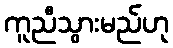
ကူညီသွားမည်ဟု